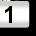
Digit: 1